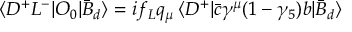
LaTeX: \langle D ^ { + } L ^ { - } | O _ { 0 } | \bar { B } _ { d } \rangle = i f _ { L } q _ { \mu } \, \langle D ^ { + } | \bar { c } \gamma ^ { \mu } ( 1 - \gamma _ { 5 } ) b | \bar { B } _ { d } \rangle